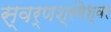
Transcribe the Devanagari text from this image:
स्वर्णश्रंगेश्वर